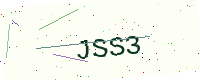
Text: JSS3